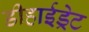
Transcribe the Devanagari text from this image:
डीहाईड्रेट